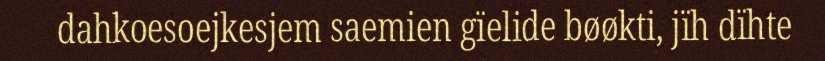
dahkoesoejkesjem saemien gïelide bøøkti, jïh dïhte